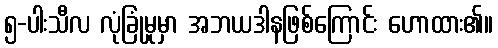
၅-ပါးသီလ လုံခြုံမှုမှာ အဘယဒါနဖြစ်ကြောင်း ဟောထား၏။